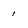
Character: 1